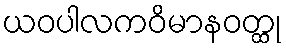
ယဝပါလကဝိမာနဝတ္ထု